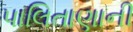
પાલિતાણાની